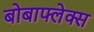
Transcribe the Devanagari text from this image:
बोबाफ्लेक्स